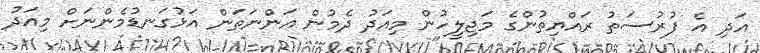
އަދި އެ ފުރުސަތު ރައްޔިތުންގެ މަޖިލީހުން މިއަދު ދެމުން އަންނަތަން އަޅުގަނޑުމެންނަށް މިއަދު